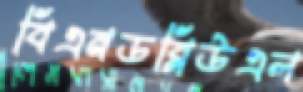
বিএনডব্লিউএল